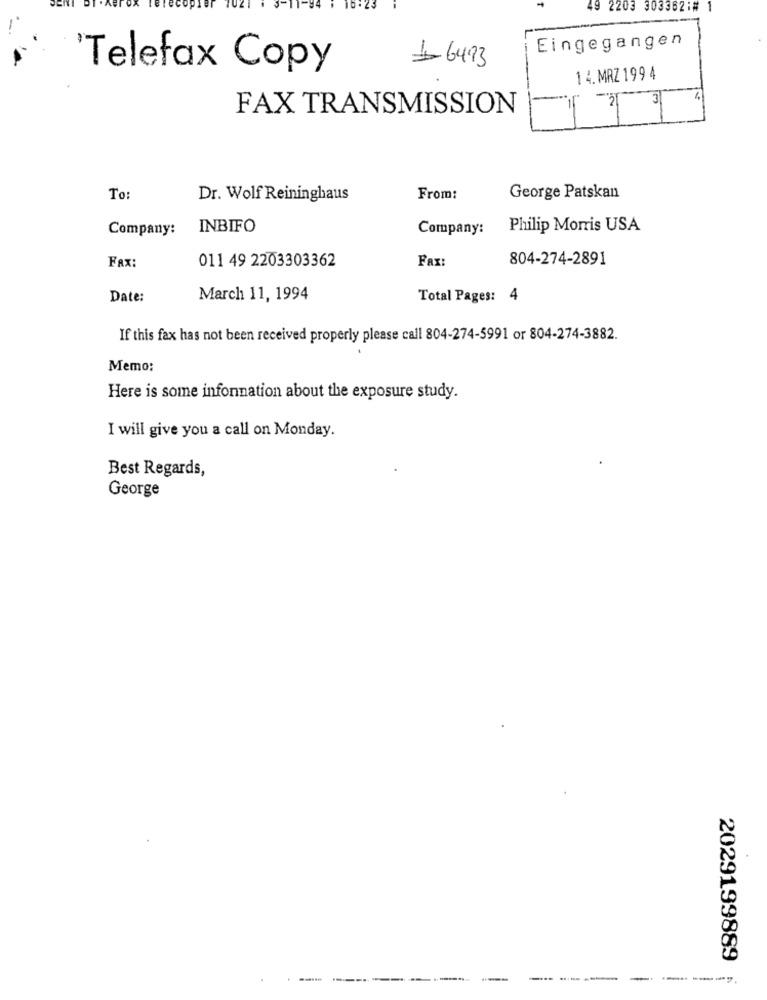
49 2203 303362:#
Eingegangen
16493
'Telefax Copy
14.MRZ 199 4
FAX TRANSMISSION
To
Dr. Wolf Reininghaus
From:
George Patskan
Company:
INBIFO
Company:
Philip Morris USA
011 49 2203303362
FAX:
804-274-2891
Fax:
Date:
March 11, 1994
Total Pages: 4
If this fax has not been received properly please call 804-274-5991 or 804-274-3882.
Memo:
Here is some information about the exposure study.
I will give you a call on Monday.
Best Regards,
George
2029199889
------
-----